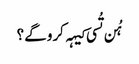
‏ ہُن تُسی کیہہ کرو گے؟